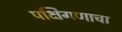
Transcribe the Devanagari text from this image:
पक्षिगणाचा